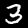
Label: 3